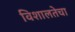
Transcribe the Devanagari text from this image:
विशालतेचा